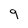
Character: 9